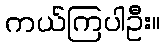
ကယ်ကြပါဦး။